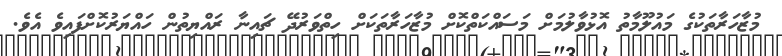
މުޒާހަރާތަކުގެ މައުލޫމާތު އޮޅުވާލުމަށް މަސައްކަތްކޮށް މުޒާހަރާތަކަށް ހިތްވަރުދޭ ޗައިނާ ރައްޔިތުން ހައްޔަރުކޮށްފައިވެ އެވެ.